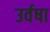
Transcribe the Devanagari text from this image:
उर्वषा